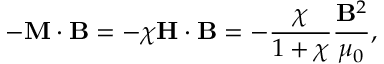
- \mathbf { M } \cdot \mathbf { B } = - \chi \mathbf { H } \cdot \mathbf { B } = - { \frac { \chi } { 1 + \chi } } { \frac { \mathbf { B } ^ { 2 } } { \mu _ { 0 } } } ,